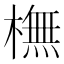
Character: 橅